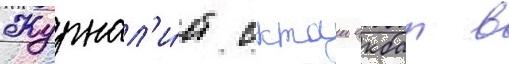
Журнал'и́ст октаи акбал в